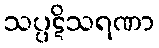
သပ္ပဋိသရဏာ